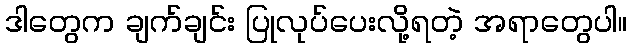
ဒါတွေက ချက်ချင်း ပြုလုပ်ပေးလို့ရတဲ့ အရာတွေပါ။